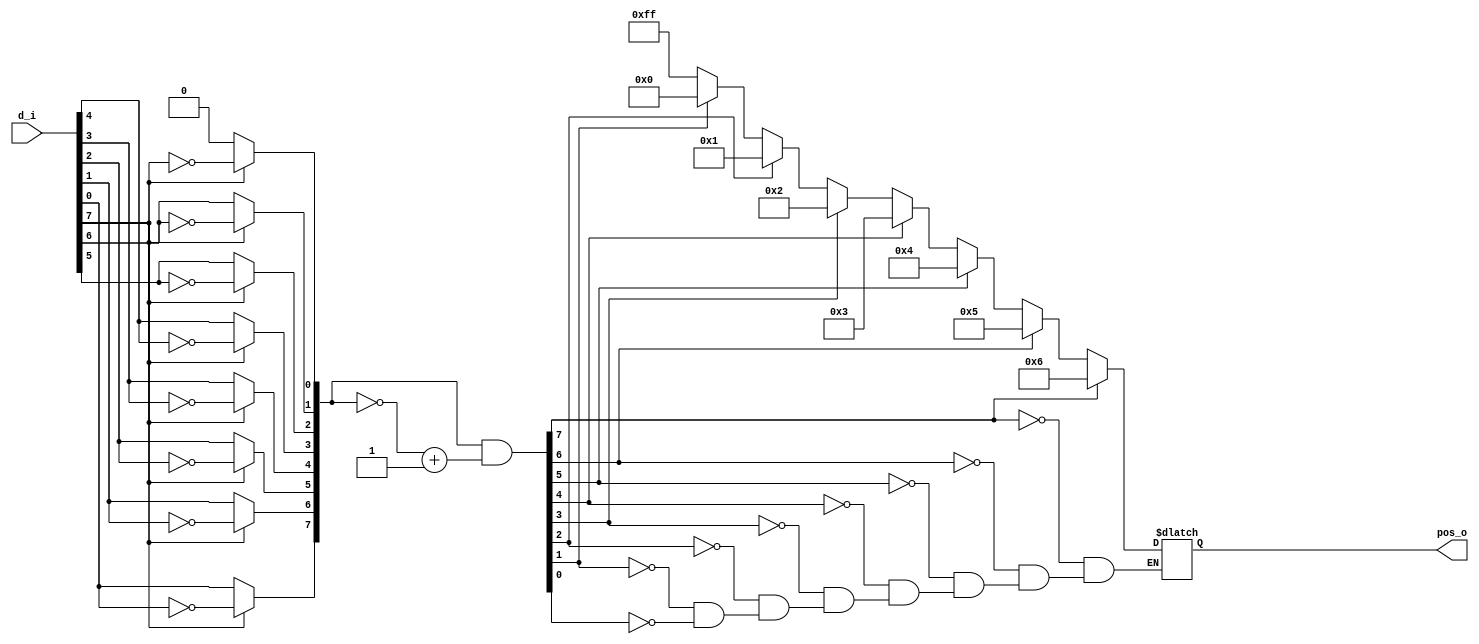
module find_1#
(
    parameter WID=8
)
(
    d_i     ,
    pos_o   
);
input   [WID-1:0]    d_i;
output  reg[WID-1:0]     pos_o;

wire [WID-1:0] pos_oh;

reg [WID-1:0] op_t;//one hot
integer i;
always @(*) begin
	for(i=0; i<WID; i=i+1) begin
		if(d_i[WID-1]==1'b0) begin
			op_t[i] <= d_i[WID-1-i];
		end 
        else begin
			op_t[i] <= ~d_i[WID-1-i];
		end
	end
end

assign pos_oh = op_t & (~op_t+1);	// ripple carry

integer j;
always @(*) begin
	for(j=0; j<WID; j=j+1) begin
		if(pos_oh[j]==1) begin
			pos_o <= j-1;
		end
	end
end
endmodule